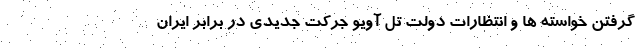
گرفتن خواسته ها و انتظارات دولت تل آویو جرکت جدیدی در برابر ایران